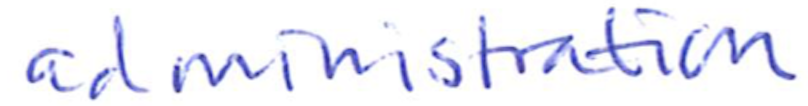
Text: administration
Cross-out: clean
Writing tool: ballpoint